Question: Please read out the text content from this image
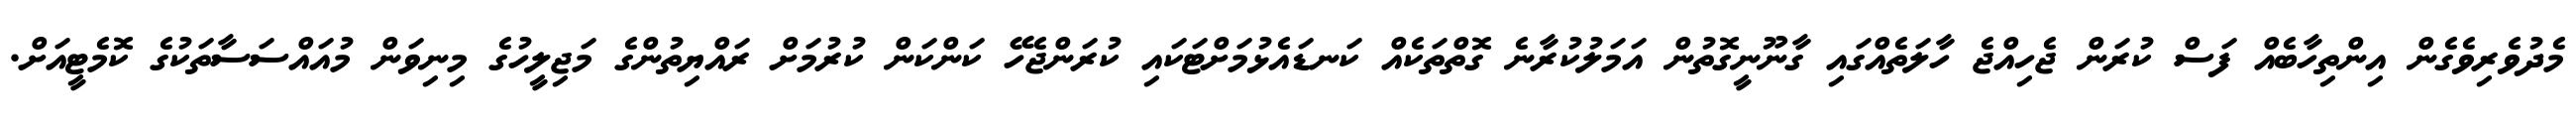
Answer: މެދުވެރިވެގެން އިންތިހާބެއް ފަސް ކުރަން ޖެހިއްޖެ ހާލަތެއްގައި ގާނޫނީގޮތުން އަމަލުކުރާނެ ގޮތްތަކެއް ކަނޑައެޅުމަށްޓަކައި ކުރަންޖެހޭ ކަންކަން ކުރުމަށް ރައްޔިތުންގެ މަޖިލީހުގެ މިނިވަން މުއައްސަސާތަކުގެ ކޮމެޓީއަށް.